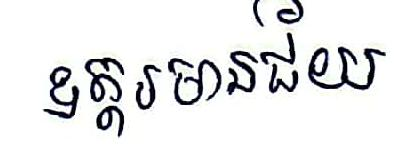
ឧត្ដរមានជ័យ